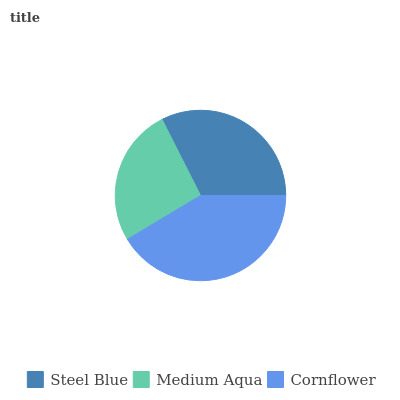
| Steel Blue | Medium Aqua | Cornflower |
 | --- | --- | --- |
 | 32.5% | 26.1% | 41.4% |